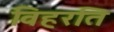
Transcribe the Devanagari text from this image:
विहरति